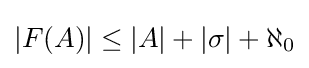
\left\vert F(A)\right\vert \leq \left\vert A\right\vert +\left\vert \sigma \right\vert +\aleph _{0}